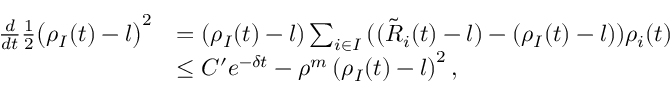
\begin{array} { r l } { \frac { d } { d t } \frac { 1 } { 2 } \big ( \rho _ { I } ( t ) - l \big ) ^ { 2 } } & { = ( \rho _ { I } ( t ) - l ) \sum _ { i \in I } { ( ( \tilde { R } _ { i } ( t ) - l ) - ( { \rho } _ { I } ( t ) - l ) ) \rho _ { i } ( t ) } } \\ & { \leq C ^ { \prime } e ^ { - \delta t } - \rho ^ { m } \left( \rho _ { I } ( t ) - l \right) ^ { 2 } , } \end{array}